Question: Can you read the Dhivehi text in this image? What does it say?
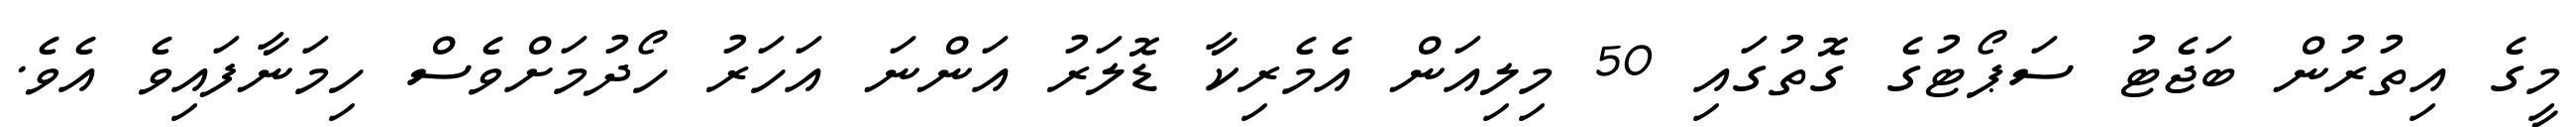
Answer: މީގެ އިތުރުން ބަޖެޓު ސަޕޯޓުގެ ގޮތުގައި 50 މިލިއަން އެމެރިކާ ޑޮލަރު އަންނަ އަހަރު ހޯދުމަށްވެސް ހިމަނާފައިވެ އެވެ.